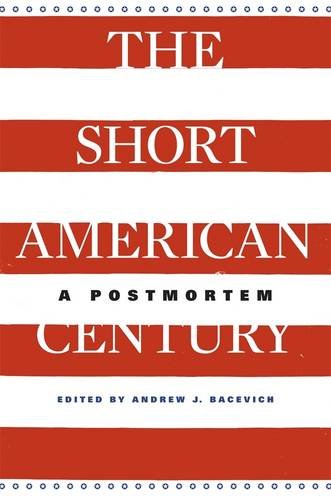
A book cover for The Short American Century: A Postmortem; History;